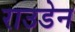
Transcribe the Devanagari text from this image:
राउडेन